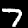
Label: 7